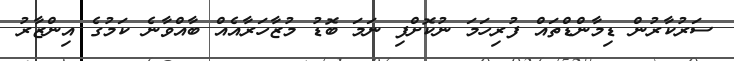
ސަރުކާރުން ޑިމާންޑްތައް ފުރިހަމަ ނުކޮށްފި ނަމަ ބޮޑު މުޒާހަރާއެއް ބާއްވާނެ ކަމުގެ އިންޒާރު